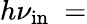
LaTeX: h\nu_{\mathrm{in}}~=